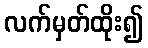
လက်မှတ်ထိုး၍